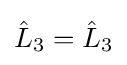
{\hat {L}}_{3}={\hat {L}}_{3}